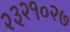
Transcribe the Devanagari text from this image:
२३२१०२७